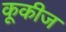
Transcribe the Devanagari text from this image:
कूकीज